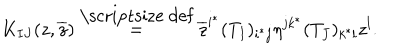
K _ { I J } ( z , \overline { { z } } ) \stackrel { \mathrm { \scriptsize ~ d e f } } { = } \overline { { z } } ^ { i ^ { * } } ( T _ { I } ) _ { i ^ { * } j } \eta ^ { j k ^ { * } } ( T _ { J } ) _ { k ^ { * } l } z ^ { l } .